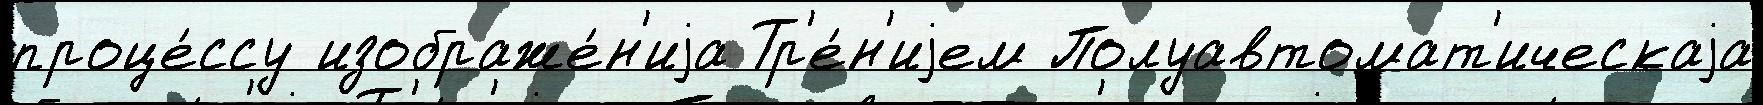
проце́ссу изображе́н'иjа Тр'е́н'иjем Полуавтомат'ическаjа